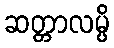
ဆတ္တာလမ္ပိ